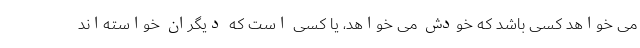
می خواهد کسی باشد که خودش می خواهد، یا کسی است که دیگران خواسته‌اند